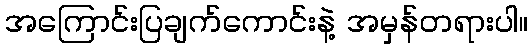
အကြောင်းပြချက်ကောင်းနဲ့ အမှန်တရားပါ။